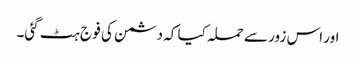
اور اس زور سے حملہ کیا کہ دشمن کی فو ج ہٹ گئی۔